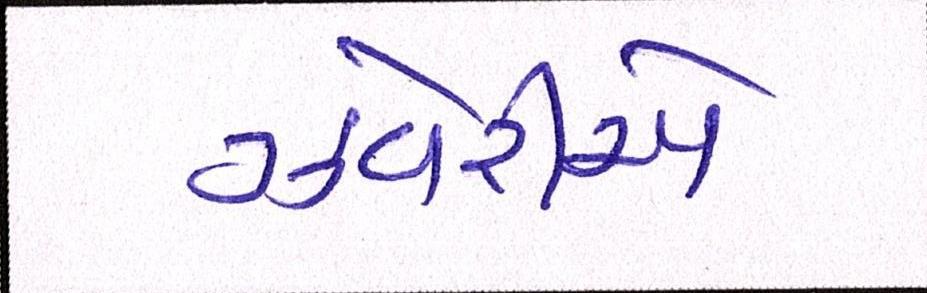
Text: ઝવેરીએ